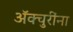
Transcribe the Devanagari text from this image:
ॲक्चुरींना